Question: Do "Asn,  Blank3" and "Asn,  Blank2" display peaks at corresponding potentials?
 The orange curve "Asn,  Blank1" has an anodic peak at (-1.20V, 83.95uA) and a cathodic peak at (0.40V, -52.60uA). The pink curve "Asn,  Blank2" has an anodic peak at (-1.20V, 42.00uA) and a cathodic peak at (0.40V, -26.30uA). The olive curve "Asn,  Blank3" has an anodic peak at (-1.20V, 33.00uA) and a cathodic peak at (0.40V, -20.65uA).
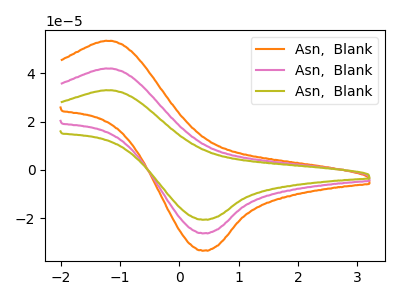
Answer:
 <answer>Yes, "Asn,  Blank3" have a peak in "Asn,  Blank2" at the same potential.</answer>
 <eval>match</eval>